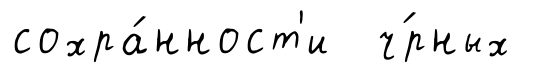
сохра́нност'и ч́рных